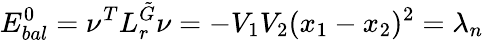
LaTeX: E_{bal}^{0}=\nu^{T}L_{r}^{\tilde{G}}\nu=-V_{1}V_{2}(x_{1}-x_{2})^{2}=\lambda_{n}